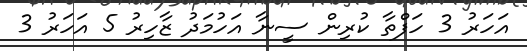
އަހަރު 3 ހަފްތާ ކުރިން ސީނާ އަހުމަދު ޒާހިރު 5 އަހަރު 3